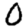
Digit: 0